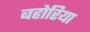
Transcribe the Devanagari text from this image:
बहोरिया